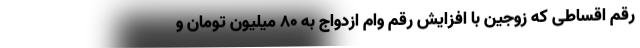
رقم اقساطی که زوجین با افزایش رقم وام ازدواج به ۸۰ میلیون تومان و